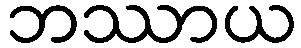
ဘဿာယ